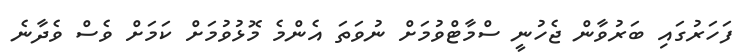
ފަހަރުގައި ބަރުވާން ޖެހުނީ ސްމާޓްވުމަށް ނުވަތަ އެންމެ މޮޅުވުމަށް ކަމަށް ވެސް ވެދާނެ